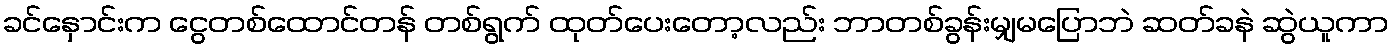
ခင်နှောင်းက ငွေတစ်ထောင်တန် တစ်ရွက် ထုတ်ပေးတော့လည်း ဘာတစ်ခွန်းမျှမပြောဘဲ ဆတ်ခနဲ ဆွဲယူကာ